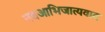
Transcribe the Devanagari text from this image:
नवआभिजात्यवाद